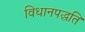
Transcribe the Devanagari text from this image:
विधानपद्धति